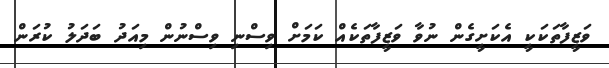
ވަޒީފާތަކަކީ އެކަށީގެން ނުވާ ވަޒީފާތަކެއް ކަމަށް ވިސްނި ވިސްނުން މިއަދު ބަދަލު ކުރަން